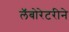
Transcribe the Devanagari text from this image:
लॅबोरेटरीने